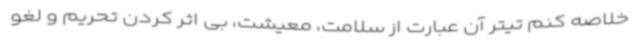
خلاصه کنم تیتر آن عبارت از سلامت، معیشت، بی اثر کردن تحریم و لغو